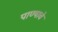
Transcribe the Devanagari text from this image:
पाण्‍याचे